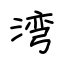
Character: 湾